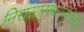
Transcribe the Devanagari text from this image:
निरासारसंसारसिन्धौ।